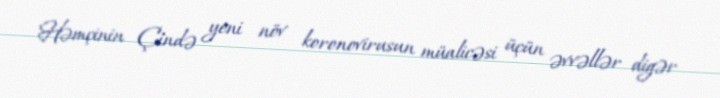
Həmçinin Çində yeni növ koronovirusun müalicəsi üçün əvvəllər digər